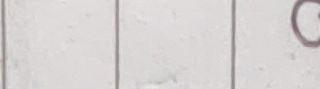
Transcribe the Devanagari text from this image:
७